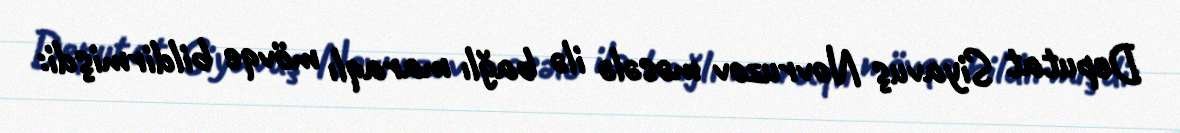
Deputat Siyavuş Novruzov məsələ ilə bağlı maraqlı mövqe bildirmişdi: